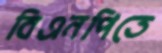
বিএনপিতে